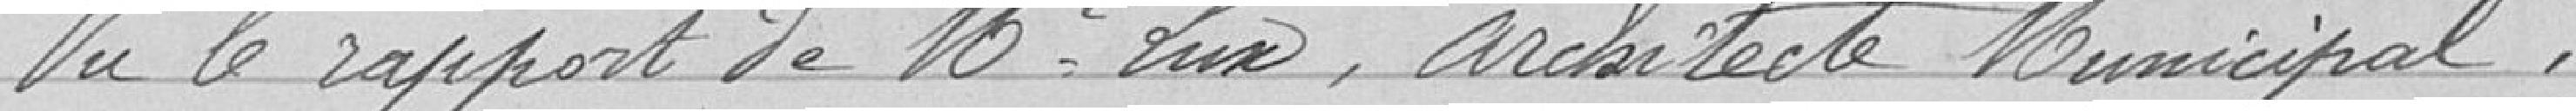
Vu le rapport de Mr Lux, Architecte Municipal,